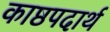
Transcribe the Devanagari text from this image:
काष्ठपदार्थ